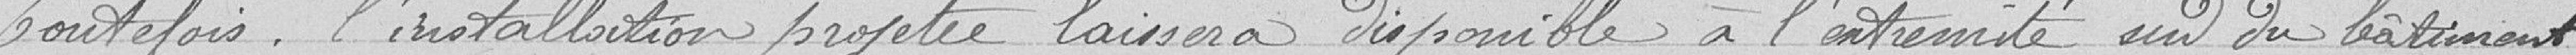
Toutefois, l'installation projetée laissera disponible à l'intimité sud du bâtiment